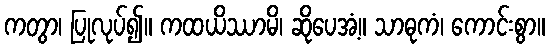
ကတွာ၊ ပြုလုပ်၍။ ကထယိဿာမိ၊ ဆိုပေအံ့။ သာဓုကံ၊ ကောင်းစွာ။